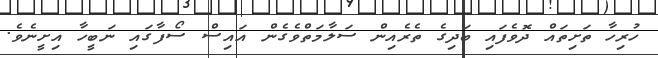
ހުރިހާ ތަށިތައް ދޮވެފައި ބަދިގެ ތެރެއިން ސަލާމަތްވެގެން އައިސް ސޯފާގައި ނަބީހާ އިށީނެވެ.